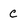
Character: C